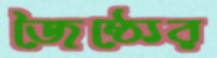
জৈষ্ঠ্যের